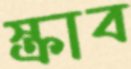
স্ক্রাব